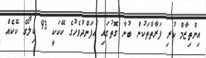
އިންތިޒާމް ކުރި ފަރާތްތަކުން ބުނާ ގޮތުގައި އުފަންދުވެހުގެ ކޭކަކީ 93 ކިލޯގެ ކޭކެއް